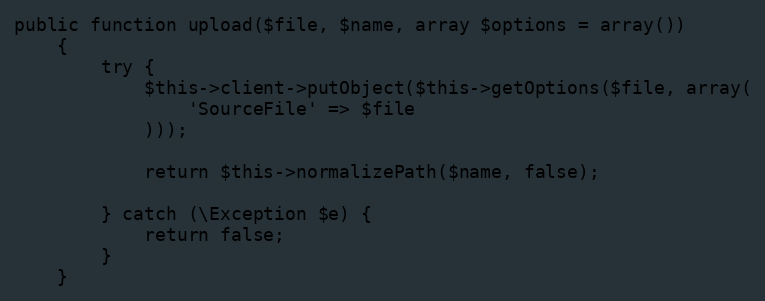
Language: PHP
public function upload($file, $name, array $options = array())
    {
        try {
            $this->client->putObject($this->getOptions($file, array(
                'SourceFile' => $file
            )));

            return $this->normalizePath($name, false);

        } catch (\Exception $e) {
            return false;
        }
    }